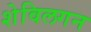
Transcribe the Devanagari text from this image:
शेविलगन